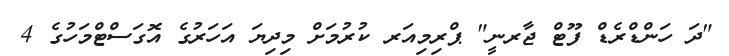
"ދަ ހަންޑްރެޑް ފޫޓް ޖާރނީ" ޕްރިމިއަރ ކުރުމަށް މިދިޔަ އަހަރުގެ އޮގަސްޓްމަހުގެ 4